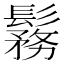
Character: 𩮼